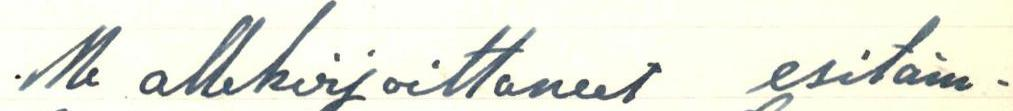
Me allekirjoittaneet esitäm-